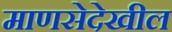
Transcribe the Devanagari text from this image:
माणसेदेखील